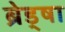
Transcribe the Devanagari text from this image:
ब्रेड्षा